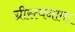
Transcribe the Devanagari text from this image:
ग्रीस्त्यनामा